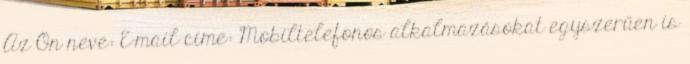
Az Ön neve: E-mail címe: Mobiltelefonos alkalmazásokat egyszerűen is